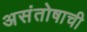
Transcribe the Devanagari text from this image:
असंतोषाची